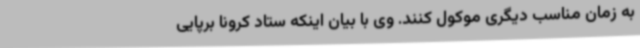
به زمان مناسب دیگری موکول کنند. وی با بیان اینکه ستاد کرونا برپایی